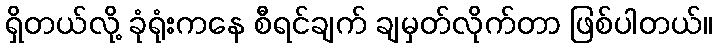
ရှိတယ်လို့ ခုံရုံးကနေ စီရင်ချက် ချမှတ်လိုက်တာ ဖြစ်ပါတယ်။